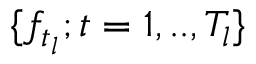
\{ f _ { t _ { l } } ; t = 1 , . . , T _ { l } \}